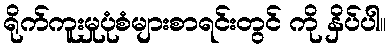
ရိုက်ကူးမှုပုံစံများစာရင်းတွင် ကို နှိပ်ပါ။